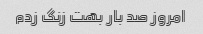
امروز صد بار بهت زنگ زدم